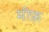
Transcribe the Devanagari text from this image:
मीफ़